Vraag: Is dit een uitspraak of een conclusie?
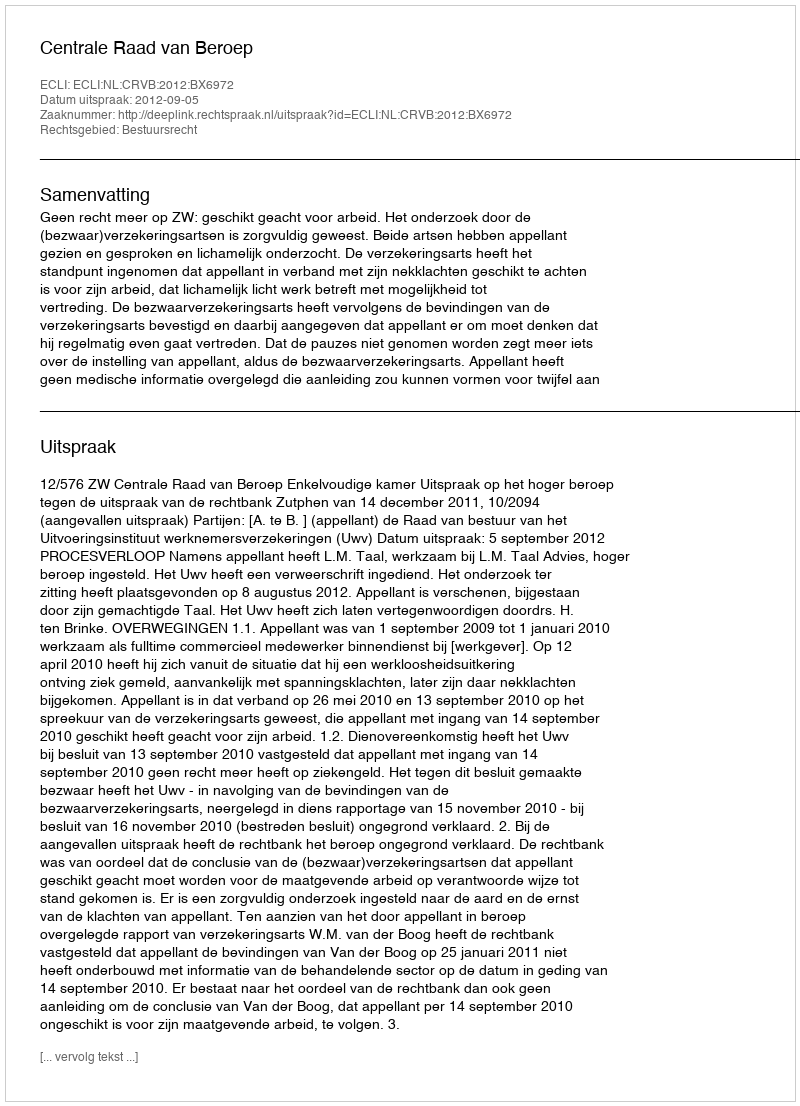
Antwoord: Uitspraak